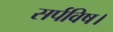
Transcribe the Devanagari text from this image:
सर्पविष।